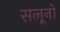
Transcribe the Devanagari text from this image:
सलूनो